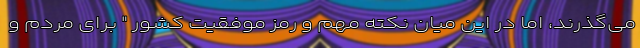
می‌گذرند، اما در این میان نکته مهم و رمز موفقیت کشور " برای مردم و